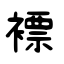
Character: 褾